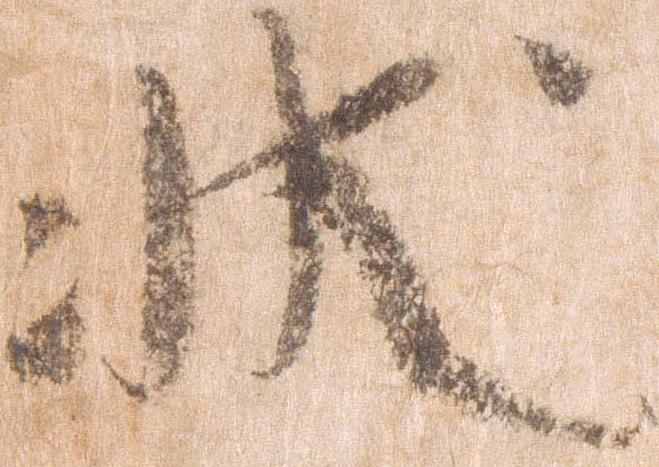
状